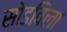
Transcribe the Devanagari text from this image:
सोडविला